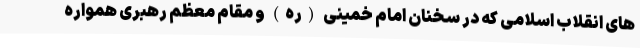
های انقلاب اسلامی که در سخنان امام خمینی (ره) و مقام معظم رهبری همواره